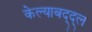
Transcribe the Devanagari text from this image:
केल्याबद्द्ल